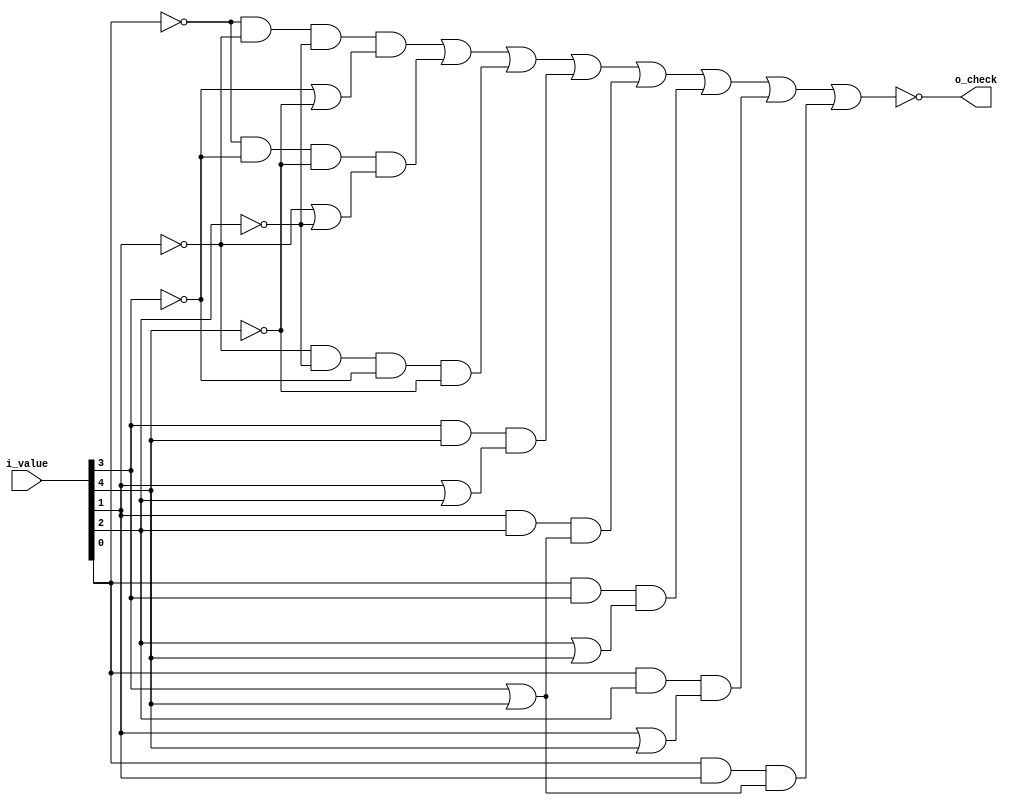
// validate "2 of 5" code input
// output "1" if bitcount(input) != 2
`default_nettype   none
module decchk1(i_value, o_check);

input wire [4:0] i_value;
output wire o_check;

wire a,b,c,d,e;
assign a=i_value[0];
assign b=i_value[1];
assign c=i_value[2];
assign d=i_value[3];
assign e=i_value[4];

assign o_check = ~(~a & ~b & ~c & (~d | ~e) |	// 0000- 000-0
	~a & ~d & ~e & (~b | ~c) |		// 00-00 0-000
	~b & ~c & ~d & ~e |			// -0000
	d & e & (b | c) |			// --111 -1-11
	b & c & (d | e) |			// -111- -11-1
	a & d & (c | e) |			// 1--11 1-11-
	a & c & (b | e) |			// 1-1-1 111--
	a & b & (d | e));			// 11-1- 11--1

endmodule